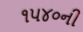
૧૫૪૦ની